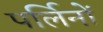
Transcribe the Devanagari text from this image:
पर्लिनों